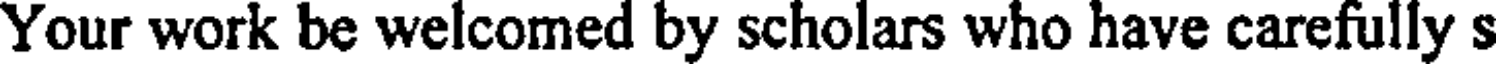
Your work be welcomed by scholars who have carefully s